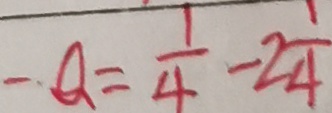
- Q = \frac { 1 } { 4 } - 2 \frac { 1 } { 4 }